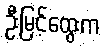
ဦးမြင့်ထွေးက